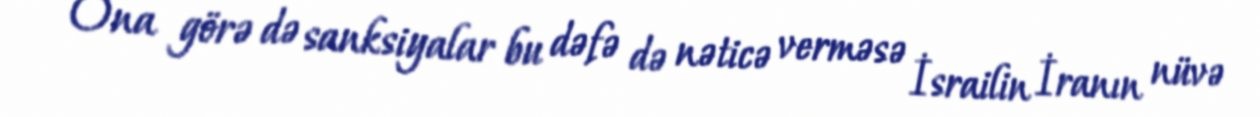
Ona görə də sanksiyalar bu dəfə də nəticə verməsə İsrailin İranın nüvə